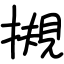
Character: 摫